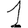
Digit: 1